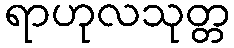
ရာဟုလသုတ္တ